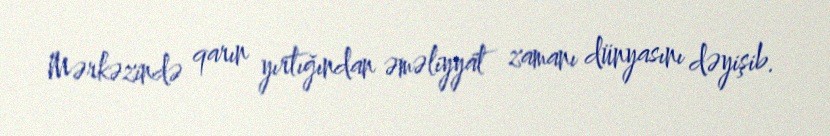
Mərkəzində qarın yırtığından əməliyyat zamanı dünyasını dəyişib.